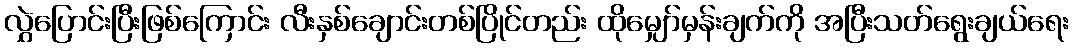
လွှဲပြောင်းပြီးဖြစ်ကြောင်း လီးနှစ်ချောင်းတစ်ပြိုင်တည်း ထိုမျှော်မှန်းချက်ကို အပြီးသတ်ရွေးချယ်ရေး